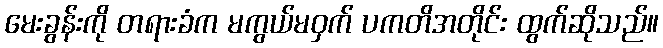
မေးခွန်းကို တရားခံက မကွယ်မဝှက် ပကတိအတိုင်း ထွက်ဆိုသည်။